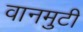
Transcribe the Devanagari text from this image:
वानमुटी